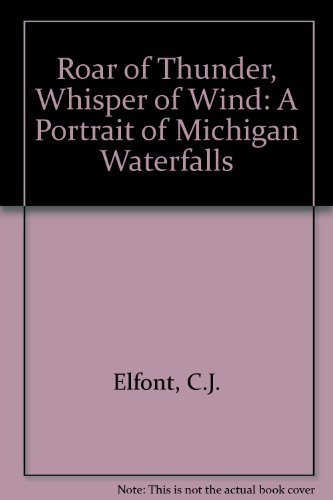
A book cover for Roar of Thunder, Whisper of Wind: A Portrait of Michigan Wateralls; Edna A. Elfront; Travel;